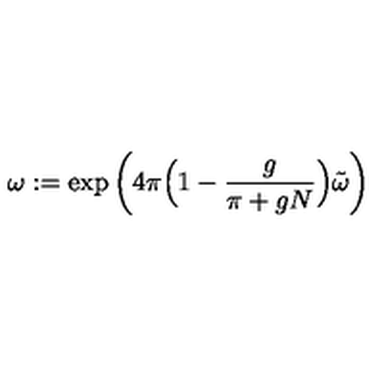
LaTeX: \omega : = \exp \left( 4 \pi \Big ( 1 - \frac { g } { \pi + g N } \Big ) \tilde { \omega } \right)